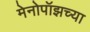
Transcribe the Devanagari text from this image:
मेनोपॉझच्या